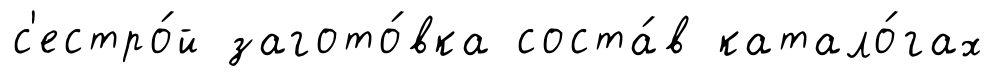
с'естро́й загото́вка соста́в катало́гах